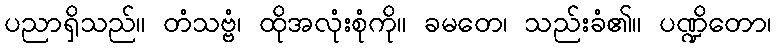
ပညာရှိသည်။ တံသဗ္ဗံ၊ ထိုအလုံးစုံကို။ ခမတေ၊ သည်းခံ၏။ ပဏ္ဍိတော၊